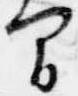
間